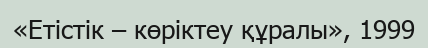
«Етістік – көріктеу құралы», 1999